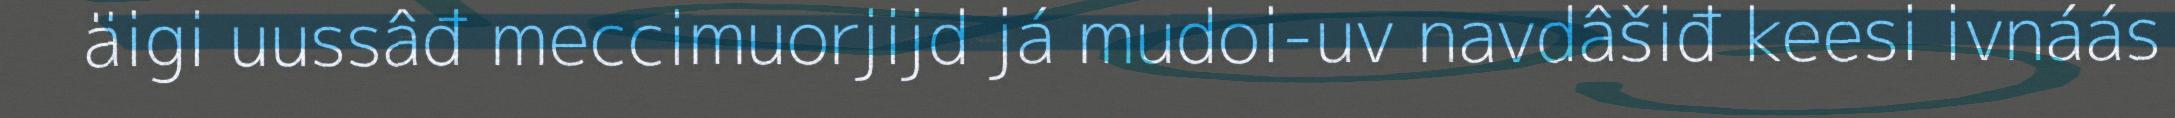
äigi uussâđ meccimuorjijd já mudoi-uv navdâšiđ keesi ivnáás